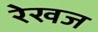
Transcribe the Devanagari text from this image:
रेखज